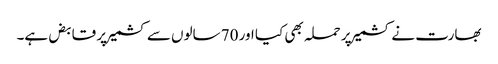
بھارت نے کشمیر پر حملہ بھی کیا اور 70 سالوں سے کشمیر پر قابض ہے۔